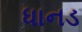
ધાનડ